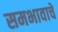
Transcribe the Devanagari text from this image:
समभावाचे